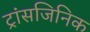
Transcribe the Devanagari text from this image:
ट्रांसजिनिक